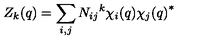
Z _ { k } ( q ) = \sum _ { i , j } N _ { i j } { } ^ { k } \chi _ { i } ( q ) { \chi _ { j } ( q ) } ^ { * }